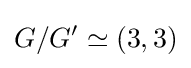
G/G'\simeq (3,3)